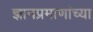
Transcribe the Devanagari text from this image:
ज्ञानप्रमाणांच्या